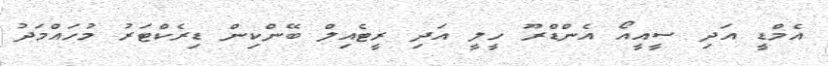
އެމްޑީ އަދި ސީއީއޯ އެންޑްރޫ ހީލީ އަދި ރީޓެއިލް ބޭންކިން ޑިރެކްޓަރު މުހައްމަދު